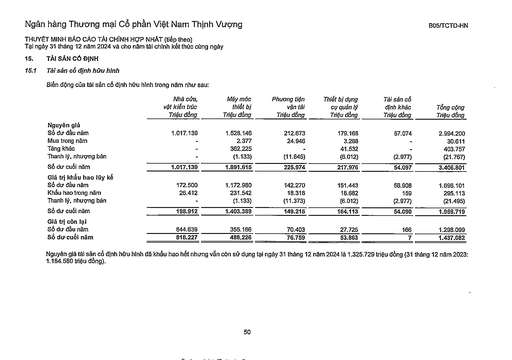
||Nhà cửa, vật kiến trúc Triệu đồng|Máy móc thiết bị Triệu đồng|Phương tiện vận tải Triệu đồng|Thiết bị dụng cụ quản lý Triệu đồng|Tài sản cố định khác Triệu đồng|Tổng cộng Triệu đồng| |---|---|---|---|---|---|---| |Nguyên giá||||||| |Số dư đầu năm|1.017.139|1.528.146|212.673|179.168|57.074|2.994.200| |Mua trong năm||2.377|24.946|3.288||30.611| |Tăng khác||362.225||41.532||403.757| |Thanh lý, nhượng bán||(1.133)|(11.645)|(6.012)|(2.977)|(21.767)| |Số dư cuối năm|1.017.139|1.891.615|225.974|217.976|54.097|3.406.801| |Giá trị khấu hao lũy kế số dư đầu năm|172.500|1.172.980|142.270|151.443|56.908|1.696.101| |Khấu hao trong năm|26.412|231.542|18.318|18.682|159|295.113| |Thanh lý, nhượng bán||(1.133)|(11.373)|(6.012)|(2.977)|(21.495)| |Số dư cuối năm|198.912|1.403.389|149.215|164.113|54.090|1.969.719| |Giá trị còn lại||||||| |Số dư đầu năm|844.639|355.166|70.403|27.725|166|1.298.099| |Số dư cuối năm|818.227|488.226|76.759|53.863|7|1.437.082|